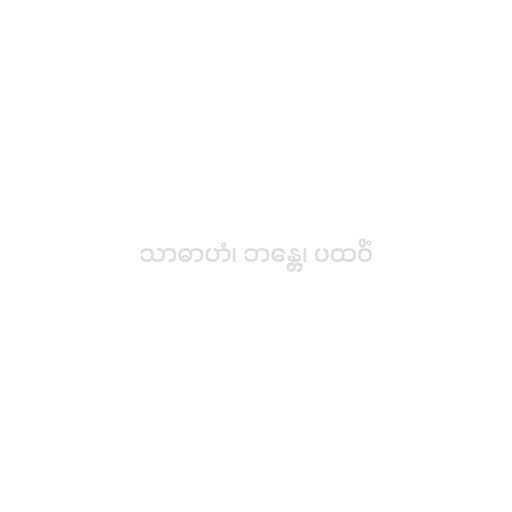
သာဓာဟံ၊ ဘန္တေ၊ ပထဝိံ